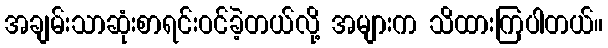
အချမ်းသာဆုံးစာရင်းဝင်ခဲ့တယ်လို့ အများက သိထားကြပါတယ်။